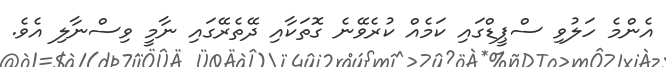
އެންމެ ހަލުވި ސްޕީޑްގައި ކަމެއް ކުރެވޭނެ ގޮތަކާއި ދޭތެރޭގައި ނާމީ ވިސްނާލި އެވެ.